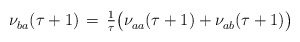
\begin{align*} \nu^{}_{ba} (\tau+1) \, = \, \tfrac{1}{\tau} \bigl( \nu^{}_{aa} (\tau+1) + \nu^{}_{ab} (\tau+1) \bigr)\end{align*}